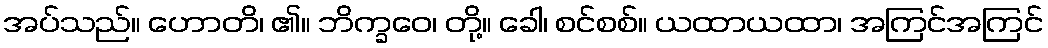
အပ်သည်။ ဟောတိ၊ ၏။ ဘိက္ခဝေ၊ တို့။ ခေါ၊ စင်စစ်။ ယထာယထာ၊ အကြင်အကြင်